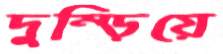
দুম্‌ড়িয়ে